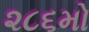
૨૮૬મો